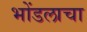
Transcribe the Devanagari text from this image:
भोंडलाचा